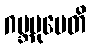
ဂဗ္ဘမုပေတိ